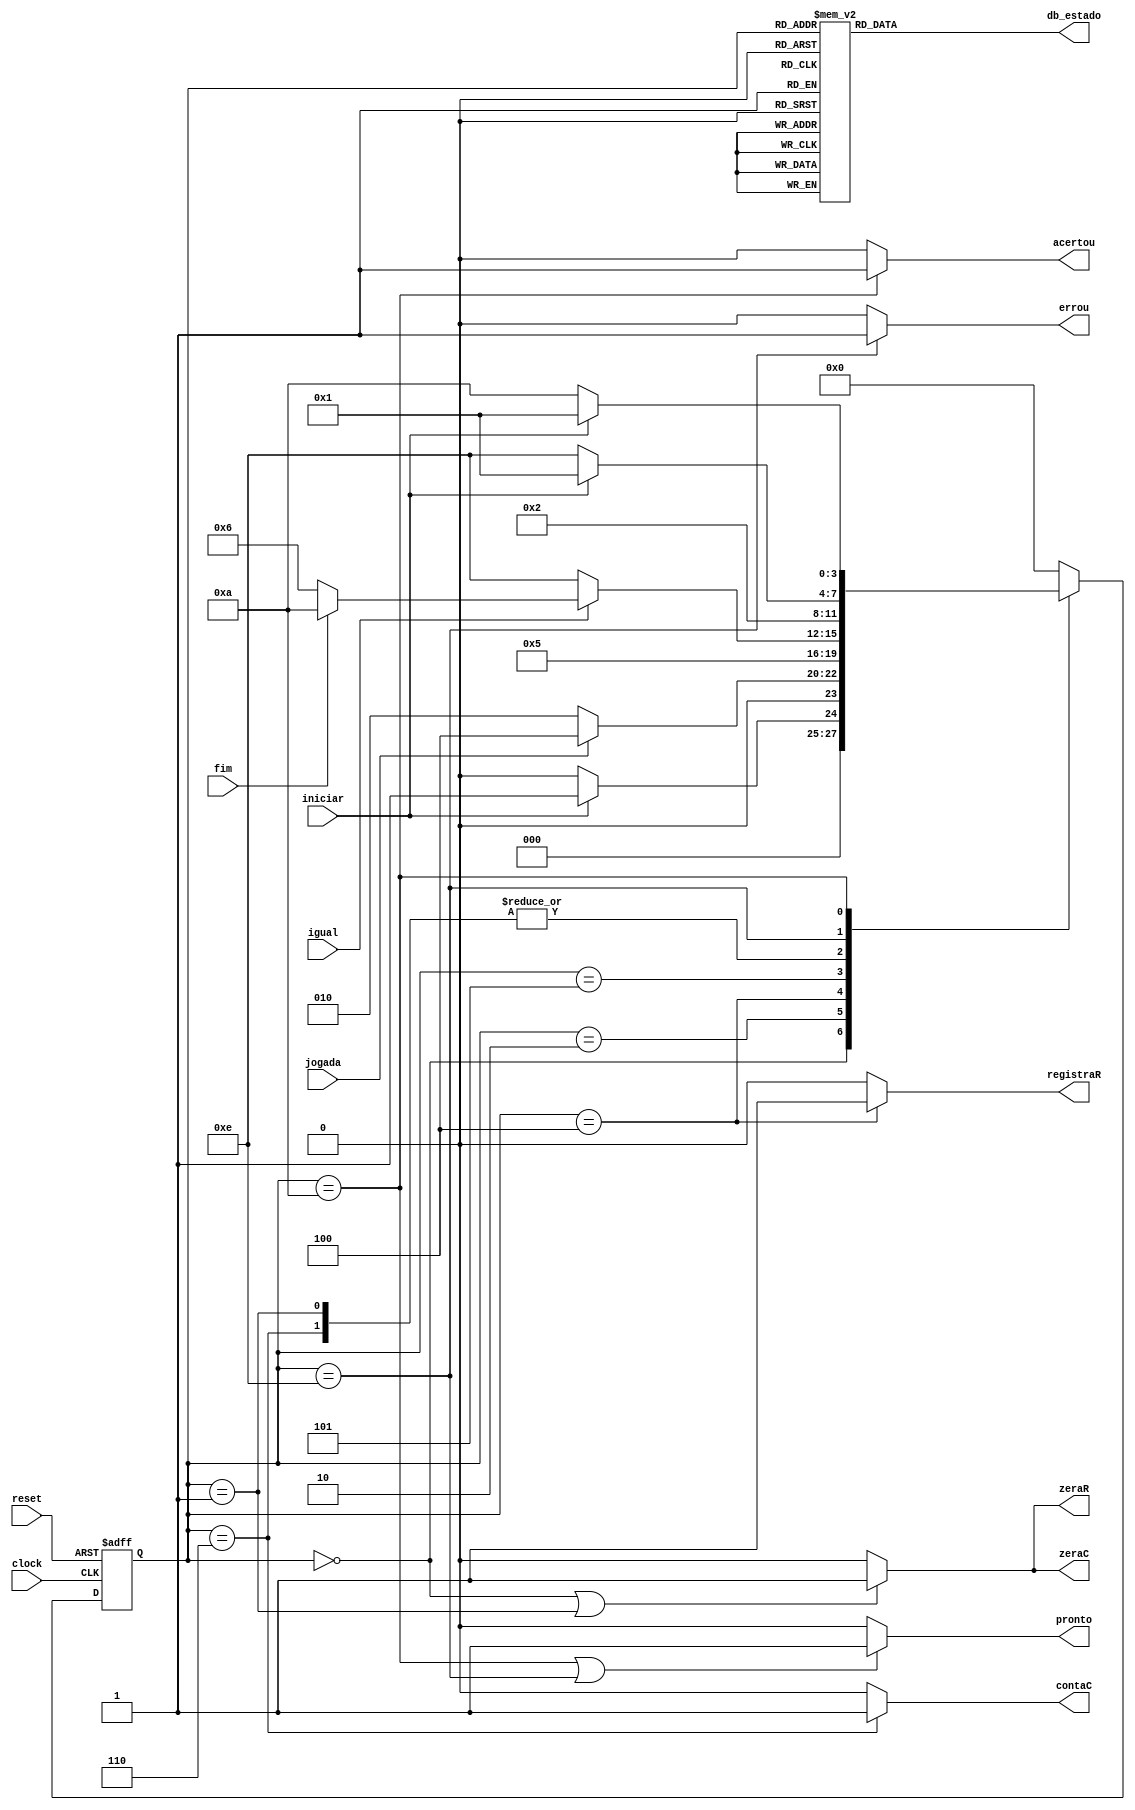

module exp5_unidade_controle (
    input      clock,
    input      reset,
    input      iniciar,
    input      fim,
    input      jogada,
    input      igual,
    output reg zeraC,
    output reg contaC,
    output reg zeraR,
    output reg registraR,
    output reg acertou,
    output reg errou,
    output reg pronto,
    output reg [3:0] db_estado
);

    // Define estados
    parameter inicial       = 4'b0000;  // 0
    parameter preparacao    = 4'b0001;  // 1
    parameter espera_jogada = 4'b0010;  // 2
    parameter registra      = 4'b0100;  // 4
    parameter comparacao    = 4'b0101;  // 5
    parameter proximo       = 4'b0110;  // 6
    parameter fim_errou     = 4'b1110;  // E
    parameter fim_acertou   = 4'b1010;  // A

    // Variaveis de estado
    reg [3:0] Eatual, Eprox;

    // Memoria de estado
    always @(posedge clock or posedge reset) begin
        if (reset)
            Eatual <= inicial;
        else
            Eatual <= Eprox;
    end

    // Logica de proximo estado
    always @* begin
        case (Eatual) 
            inicial:       Eprox = iniciar ? preparacao : inicial;
            preparacao:    Eprox = espera_jogada;
            espera_jogada: Eprox = (jogada) ? registra : espera_jogada;
            registra:      Eprox = comparacao;
            comparacao:    Eprox = (~igual) ? fim_errou : (fim) ? fim_acertou : proximo;
            proximo:       Eprox = espera_jogada;
            fim_errou:     Eprox = (iniciar) ? preparacao : fim_errou;
            fim_acertou:   Eprox = (iniciar) ? preparacao : fim_acertou;
            default:       Eprox = inicial;
        endcase
    end

    // Logica de saida (maquina Moore)
    always @* begin
        zeraC     = (Eatual == inicial || Eatual == preparacao) ? 1'b1 : 1'b0;
        zeraR     = (Eatual == inicial || Eatual == preparacao) ? 1'b1 : 1'b0;
        registraR = (Eatual == registra) ? 1'b1 : 1'b0;
        contaC    = (Eatual == proximo) ? 1'b1 : 1'b0;
        pronto    = (Eatual == fim_acertou || Eatual == fim_errou) ? 1'b1 : 1'b0;
        acertou   = (Eatual == fim_acertou) ? 1'b1 : 1'b0;
        errou     = (Eatual == fim_errou) ? 1'b1 : 1'b0;

        // Saida de depuracao (estado)
        case (Eatual)
            inicial:       db_estado = inicial;         // 0
            preparacao:    db_estado = preparacao;     // 1
            espera_jogada: db_estado = espera_jogada;  // 2
            registra:      db_estado = registra;       // 4
            comparacao:    db_estado = comparacao;     // 5
            proximo:       db_estado = proximo;        // 6
            fim_errou:     db_estado = fim_errou;      // E
            fim_acertou:   db_estado = fim_acertou;    // A
            
            default:       db_estado = 4'b1111;        // F
        endcase
    end

endmodule